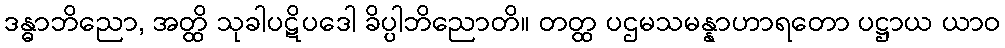
ဒန္ဓာဘိညော, အတ္ထိ သုခါပဋိပဒေါ ခိပ္ပါဘိညောတိ။ တတ္ထ ပဌမသမန္နာဟာရတော ပဋ္ဌာယ ယာဝ